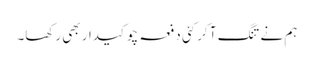
ہم نے تنگ آ کر کئی دفعہ چوکیدار بھی رکھا۔